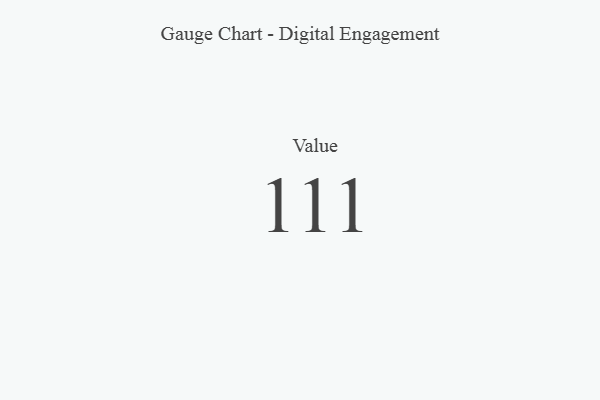
{"axis": {"x": "Metric", "y": "Value"}, "legend": [""], "data": [{"x": "Value", "y": 111, "type": ""}]}